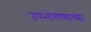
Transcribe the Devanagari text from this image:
उपभोगण्याच्या